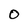
Character: O